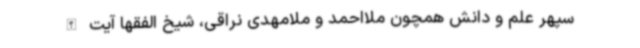
سپهر علم و دانش همچون ملااحمد و ملامهدی نراقی، شیخ الفقها آیت الله